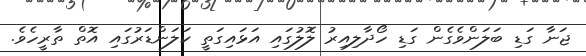
ޖަނާ ގަޑި ބަލަންވެގެން ގަޑި ހޯދާލިއިރު ލޮލުގައި އަޅައިގަތީ ކަލަންޑަރުގައި އޮތް ތާރީހެވެ.